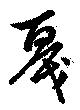
戞